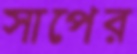
সাপের